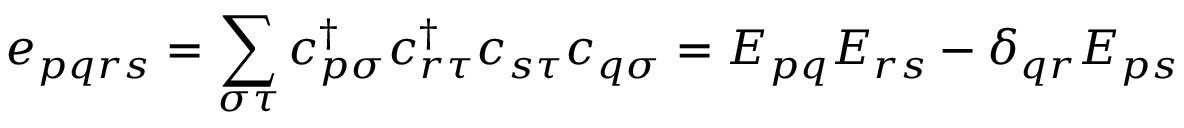
e _ { p q r s } = \sum _ { \sigma \tau } c _ { p \sigma } ^ { \dagger } c _ { r \tau } ^ { \dagger } c _ { s \tau } c _ { q \sigma } = E _ { p q } E _ { r s } - \delta _ { q r } E _ { p s }